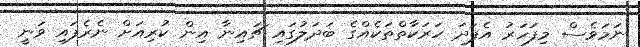
ނަމަވެސް މިފަހަރު އެފަދަ ހަރަކާތްތަކެއްގެ ބަދަލުގައި ޗައިނާ އިން ކުރިއަށް ނެރެފައި ވަނީ